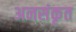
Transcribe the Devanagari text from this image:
अनसंकृत